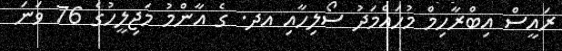
ރައީސް އިބްރާހިމް މުހައްމަދު ސޯލިހާއި އދ. ގެ އާންމު މަޖިލީހުގެ 76 ވަނަ